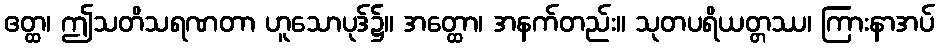
ဧတ္ထ၊ ဤသတိသရဏတာ ဟူသောပုဒ်၌။ အတ္ထော၊ အနက်တည်း။ သုတပရိယတ္တဿ၊ ကြားနာအပ်